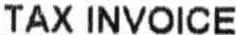
TAX INVOICE